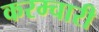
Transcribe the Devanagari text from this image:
करम्चारी